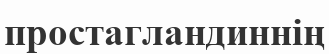
простагландиннің